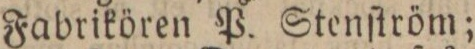
Fabrikören P. Stenſtröm;